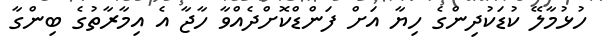
ހުޅުމާލޭ ކުޑަކުދިންގެ ހިޔާ އަށް ފަންޑްކޮށްދެއްވާ ހާޖާ އެ އިމާރާތުގެ ބިންގާ